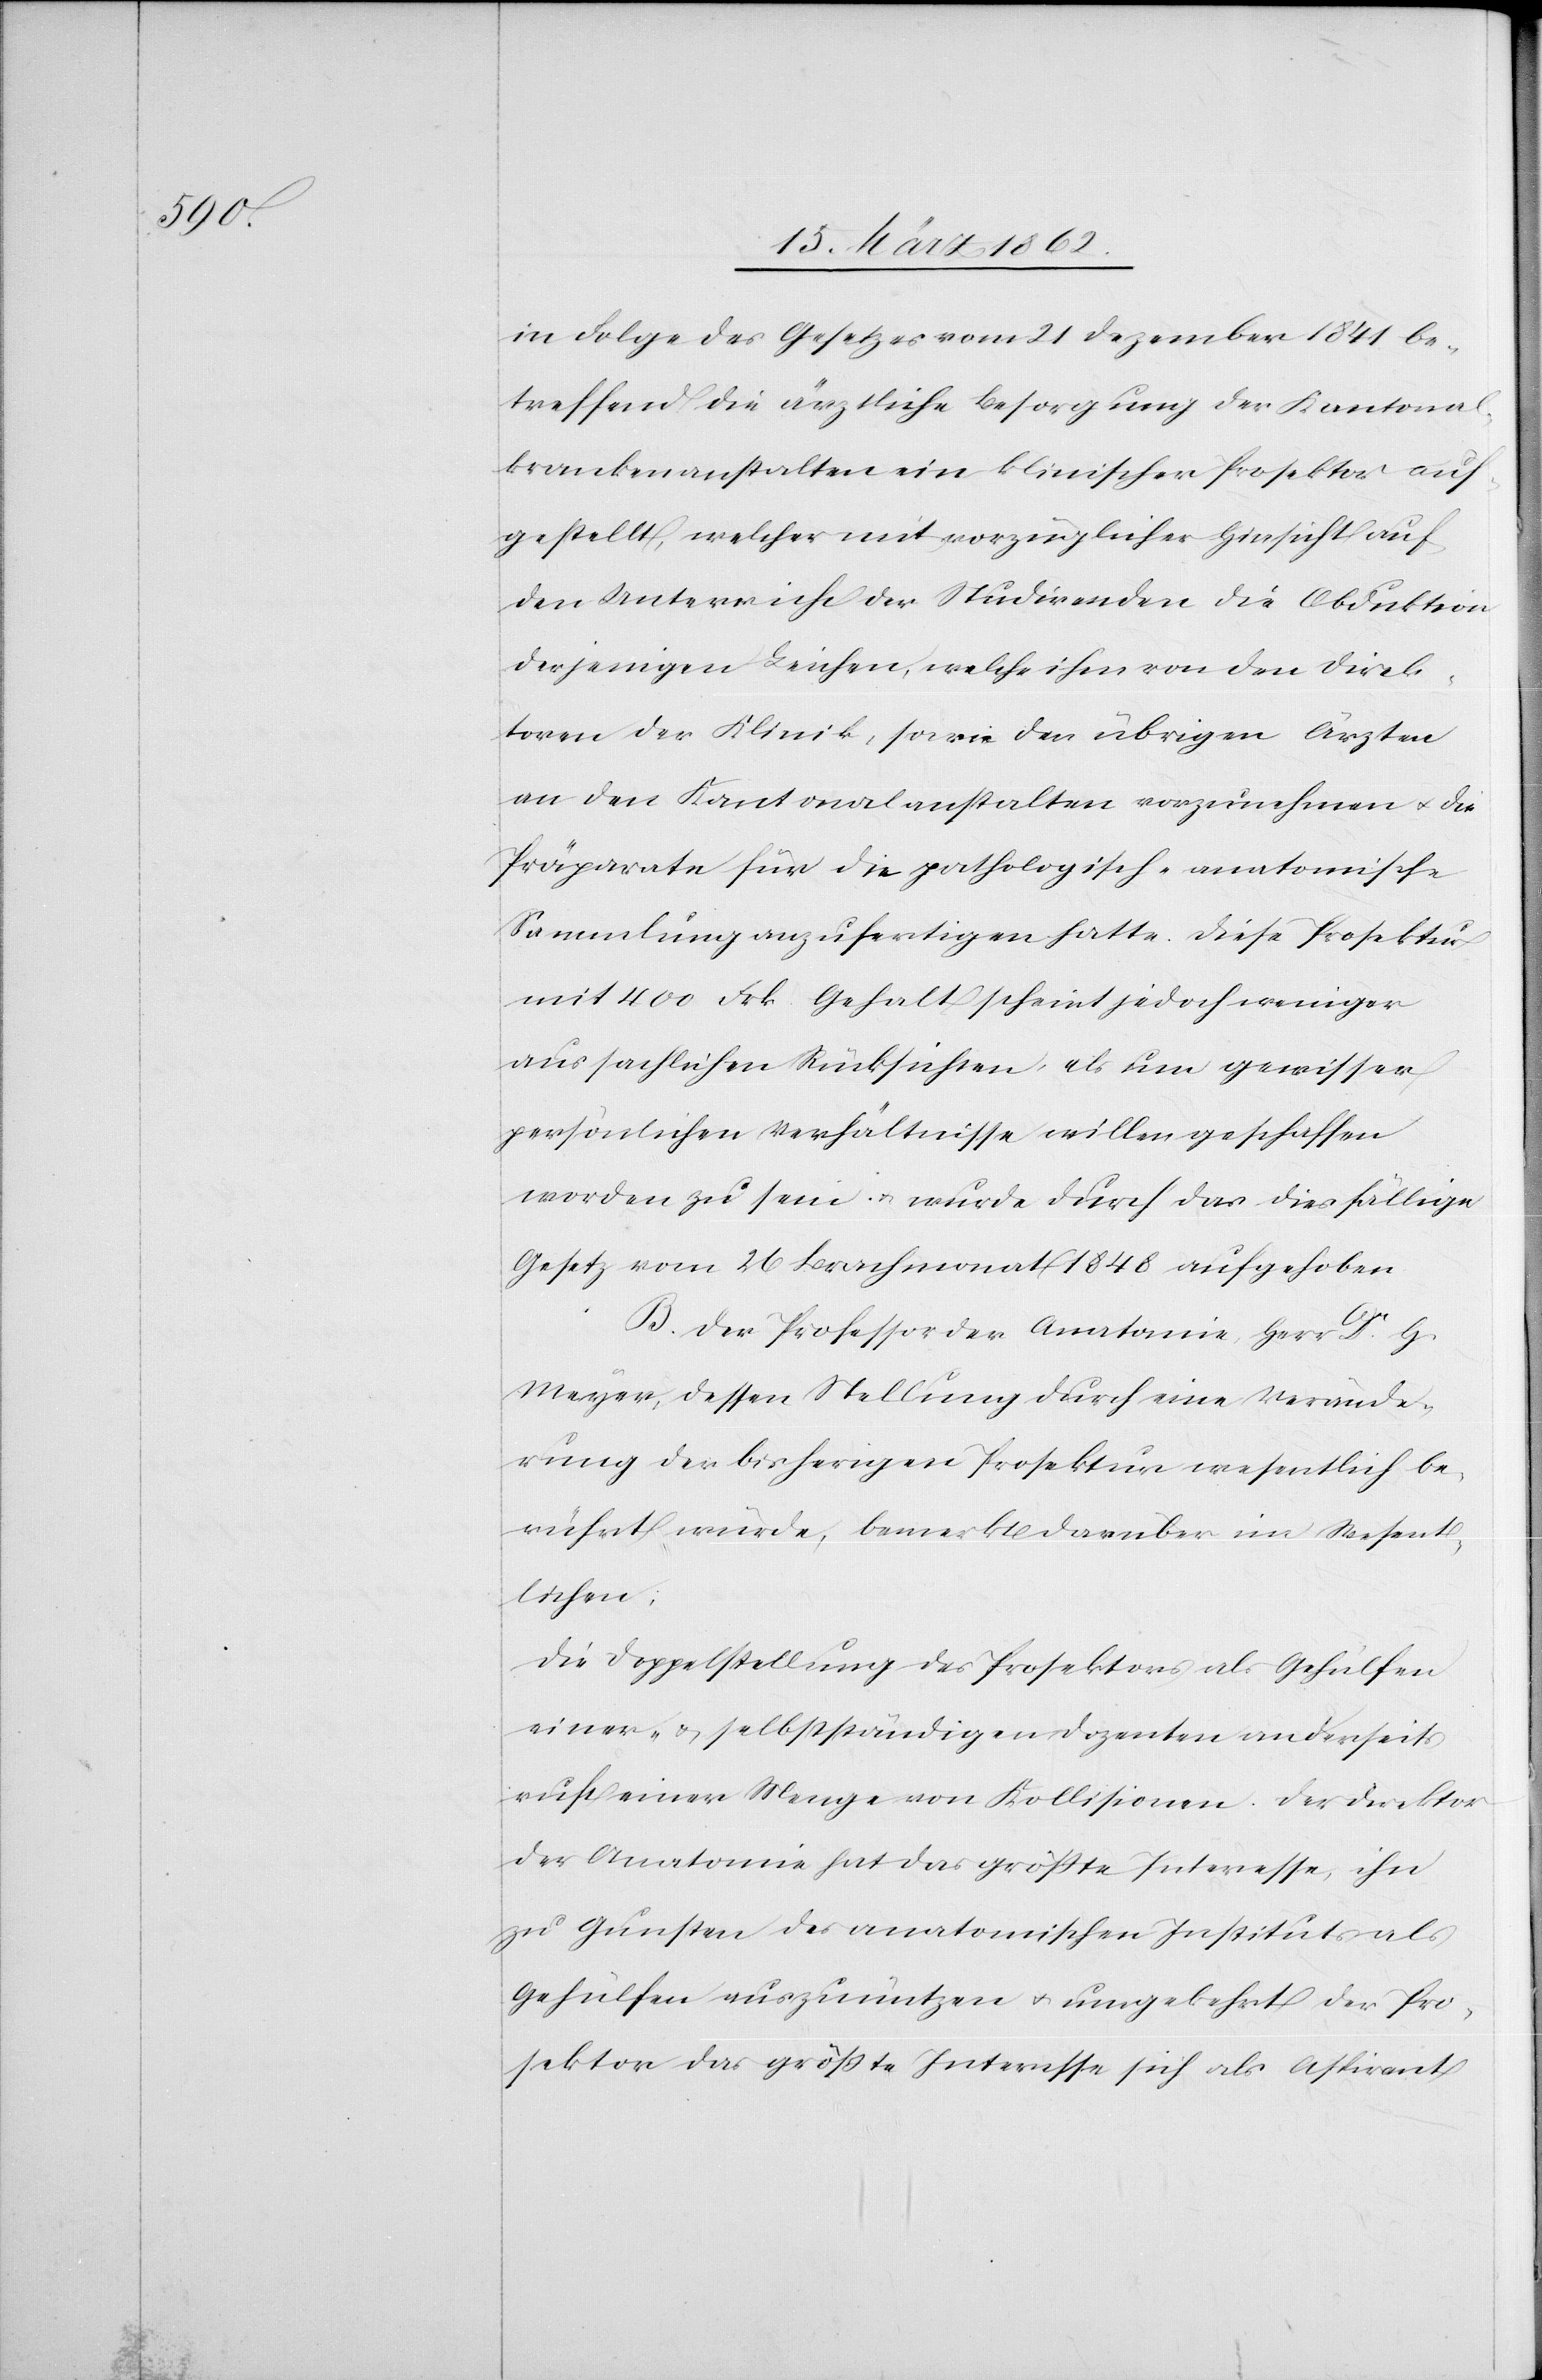
in Folge des Gesetzes vom 21 Dezember 1841 be¬
treffend die ärztliche Besorgung der Kantonal¬
krankenanstalten ein klinischer Prosektor auf¬
gestellt, welcher mit vorzüglicher Hinsicht auf
den Unterricht der Studirenden die Obduktion
derjenigen Leichen, welche ihm von den Direk¬
toren der Klinik, sowie den übrigen Ärzten
an den Kantonalanstalten vorzunehmen u. die
Präparate für die pathologisch-anantomische
Sammlung anzufertigen hatte. Diese Prosektur
mit 400 Frk. Gehalt scheint jedoch weniger
aus sachlichen Rücksichten, als um gewisser
persönlichen Verhältnisse willen geschaffen
worden zu sein u. wurde durch das diesfällige
Gesetz vom 26 Brachmonat 1848 aufgehoben.
B. Der Professor der Anatomie, Herr Dr. H.
Meyer, dessen Stellung durch eine Verände¬
rung der bisherigen Prosektur wesentlich be¬
rührt würde, bemerkt darüber im Wesent¬
lichen:
Die Doppelstellung des Prosektors als Gehülfen
einer- & selbstständigen Dozenten andereits
ruft einer Menge von Kollisionen. Der Direktor
der Anatomie hat das größte Interesse, ihn
zu Gunsten des anatomischen Instituts als
Gehülfen auszunützen u. umgekehrt der Pro¬
sektor das größte Interesse sich als Aspirant